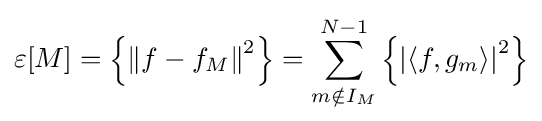
\varepsilon [M]=\left\{\left\|f-f_{M}\right\|^{2}\right\}=\sum _{m\notin I_{M}}^{N-1}\left\{\left|\left\langle f,g_{m}\right\rangle \right|^{2}\right\}